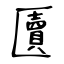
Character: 匵